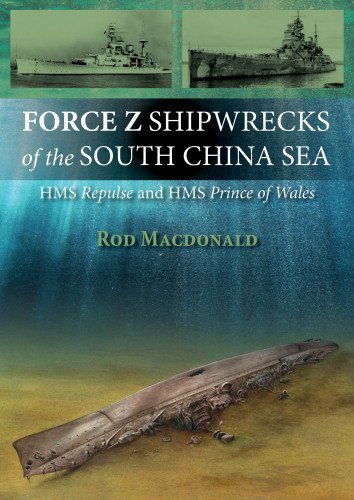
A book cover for Force Z Shipwrecks of the South China Sea: HMS Prince of Wales and HMS Repulse; Rod Macdonald; Sports & Outdoors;